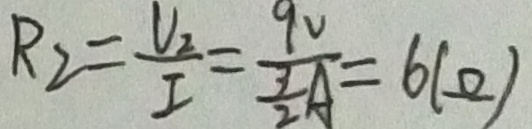
R _ { 2 } = \frac { V _ { 2 } } { I } = \frac { 9 V } { \frac { 3 } { 2 } A } = 6 ( \Omega )